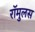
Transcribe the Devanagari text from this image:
रॉमुलस